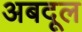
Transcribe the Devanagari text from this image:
अबदूल